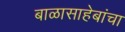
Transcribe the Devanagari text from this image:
बाळासाहेबांचा